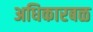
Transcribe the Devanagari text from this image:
अधिकारबळ